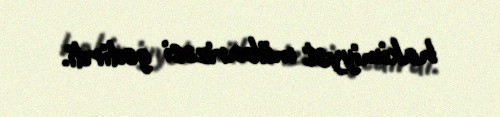
hakimiyyət mübarizəsi gedirdi.